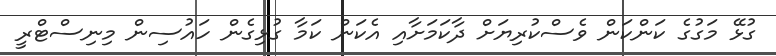
ގުޅޭ މަގުގެ ކަންކަން ވެސްކުރިޔަށް ދާކަމަށާއި އެކަން ކަމާ ގުޅިގެން ހައުސިން މިނިސްޓްރީ